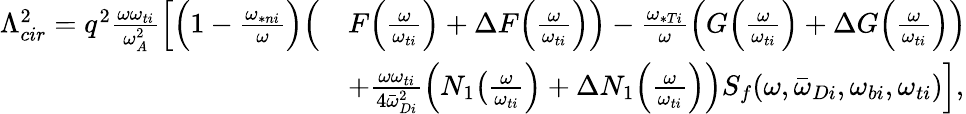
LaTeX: \begin{array}{rl}{\Lambda_{cir}^{2}=q^{2}\frac{\omega\omega_{ti}}{\omega_{A}^{2}}\Big[\Big(1-\frac{\omega_{\ast ni}}{\omega}\Big)\Big(}&{F\Big(\frac{\omega}{\omega_{ti}}\Big)+\Delta F\Big(\frac{\omega}{\omega_{ti}}\Big)\Big)-\frac{\omega_{\ast Ti}}{\omega}\Big(G\Big(\frac{\omega}{\omega_{ti}}\Big)+\Delta G\Big(\frac{\omega}{\omega_{ti}}\Big)\Big)}\\ &{+\frac{\omega\omega_{ti}}{4{\bar{\omega}}_{Di}^{2}}\Big(N_{1}\big(\frac{\omega}{\omega_{ti}}\Big)+\Delta N_{1}\Big(\frac{\omega}{\omega_{ti}}\Big)\Big){S_{f}}(\omega,{\bar{\omega}}_{Di},\omega_{bi},\omega_{ti})\Big],}\end{array}